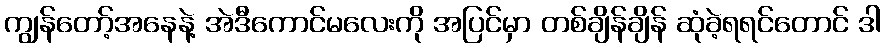
ကျွန်တော့်အနေနဲ့ အဲဒီကောင်မလေးကို အပြင်မှာ တစ်ချိန်ချိန် ဆုံခဲ့ရရင်တောင် ဒါ